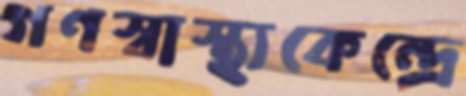
গণস্বাস্থ্যকেন্দ্রে